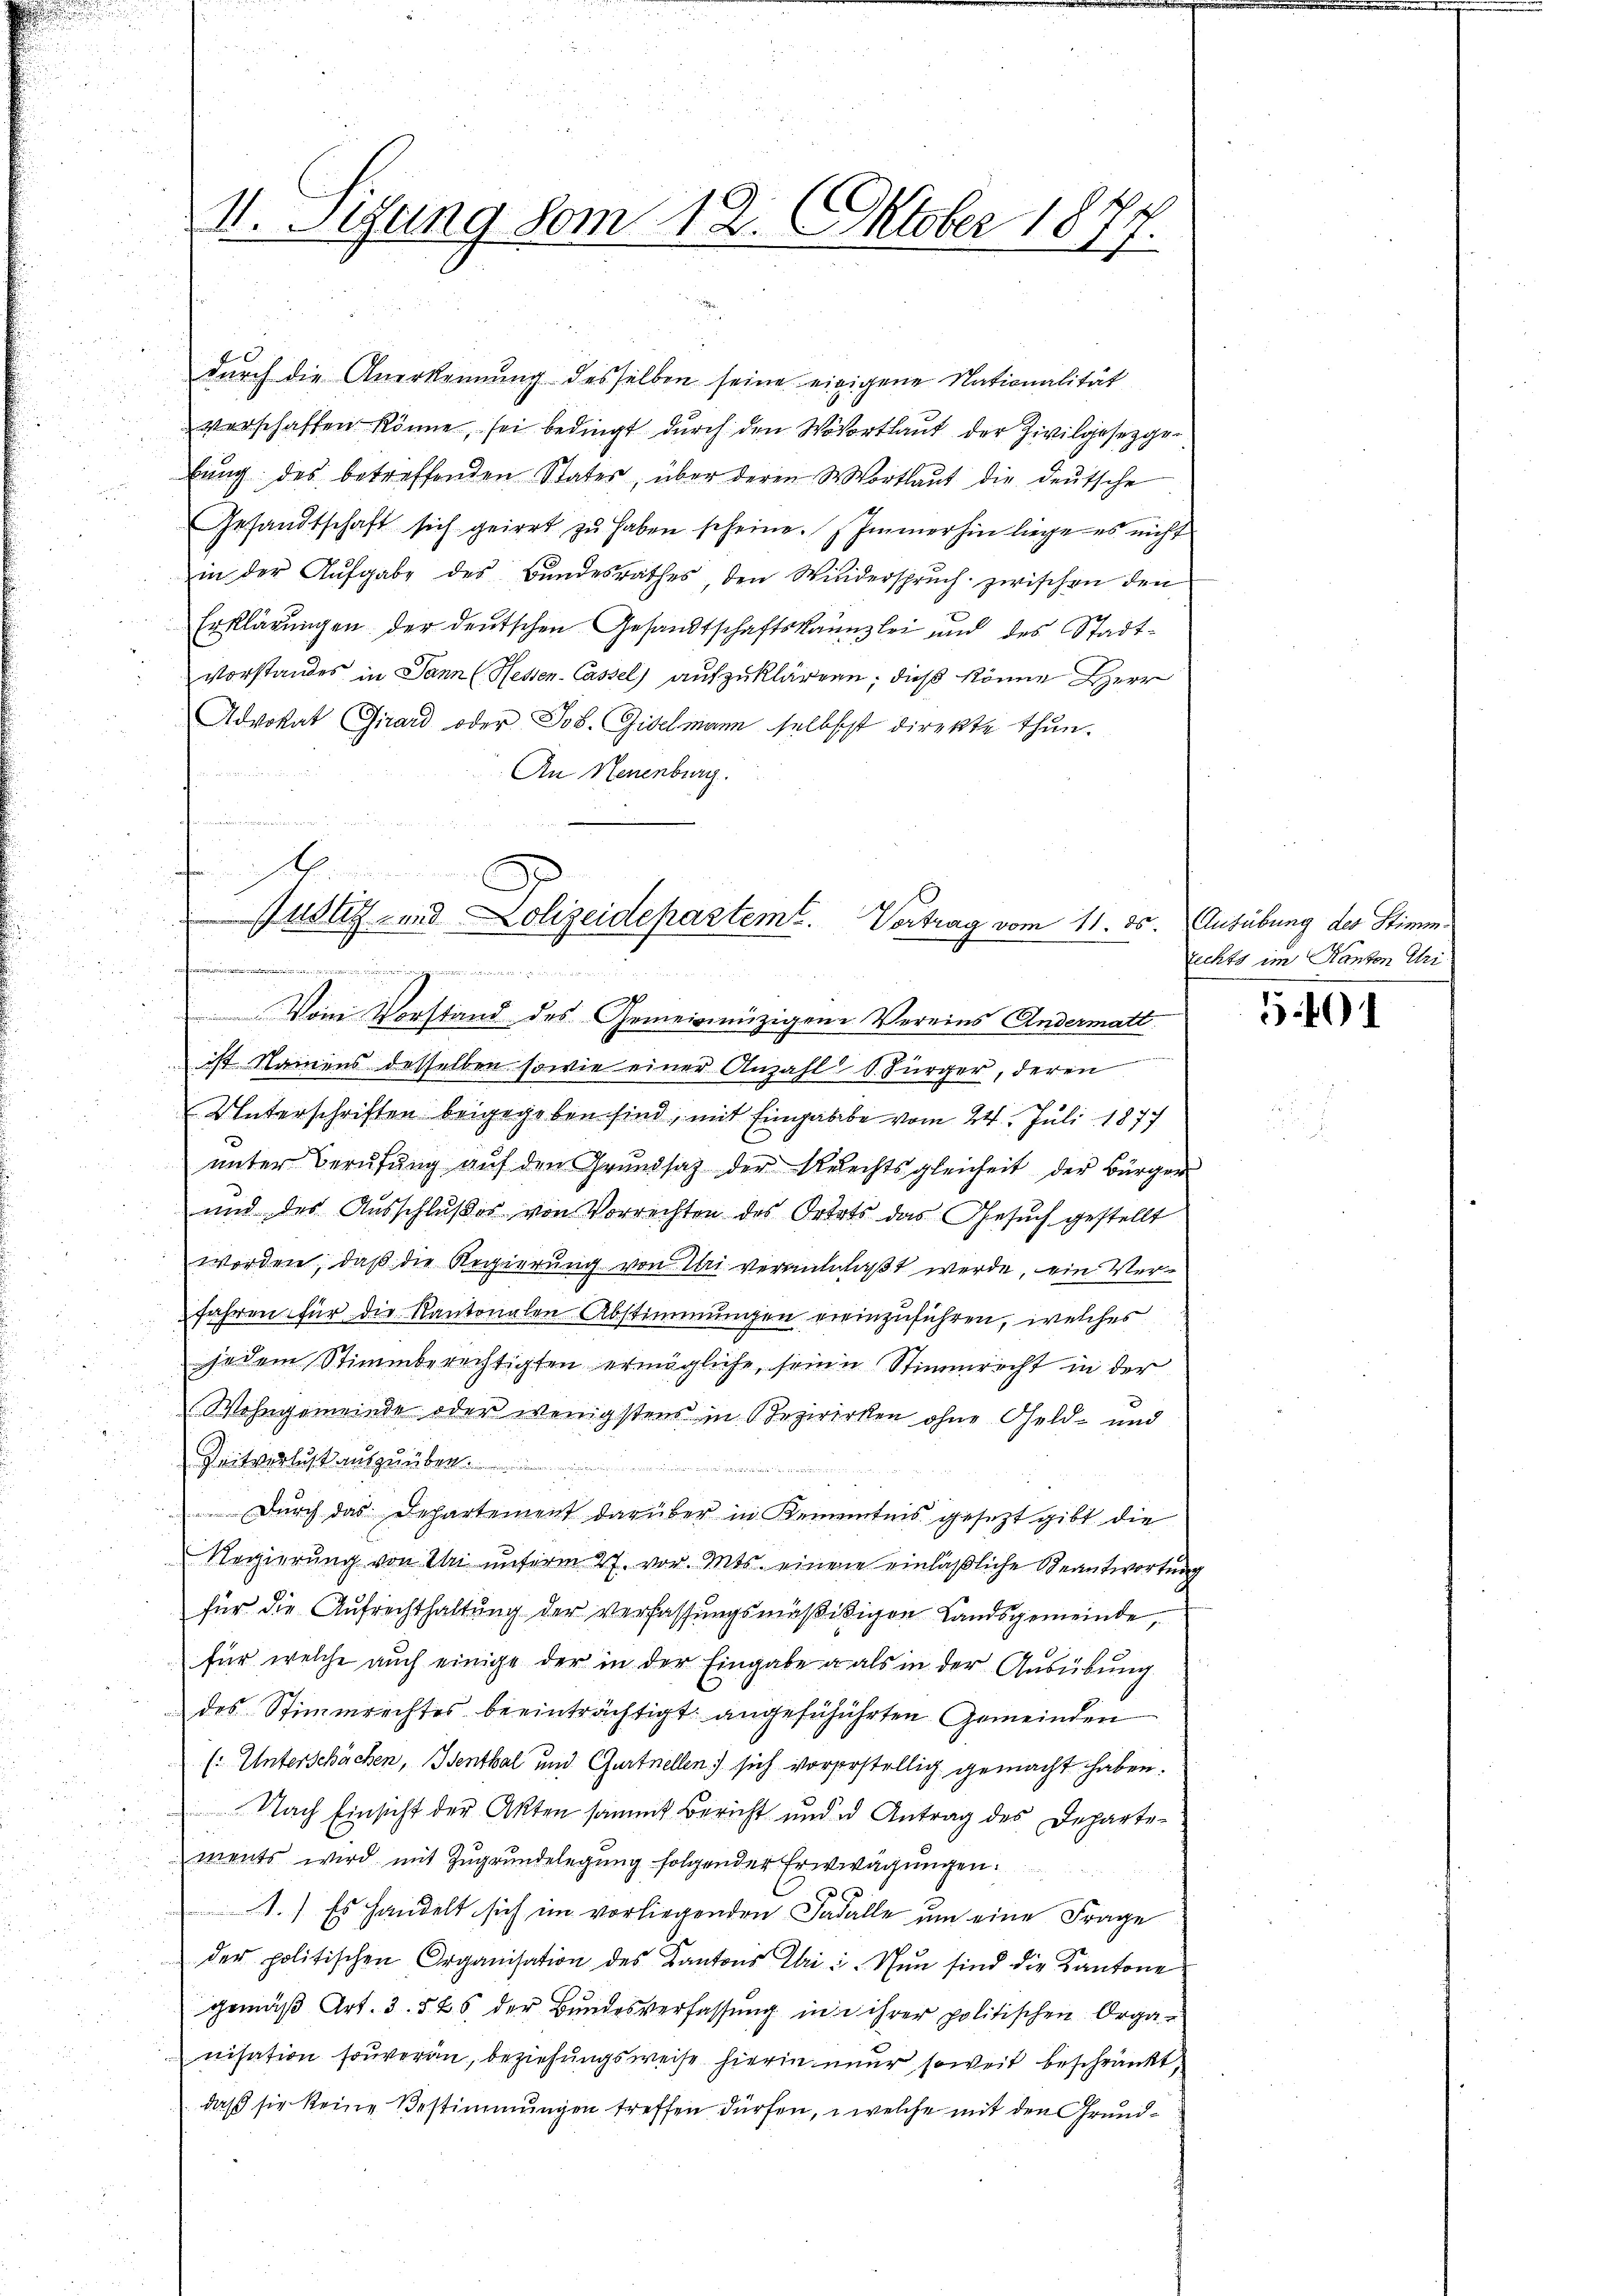
VII. Segung vom 12. Oktober 1877.

durch die Anerkennung desselben seine einigene Nationalität
verschaften könne, sei bedingt dŭrch den Wortlaut der Zivilgesetzge-
bung des betreffenden Stater, über deren Wortlaut die deutsche
Gesandtschaft sich geirrt zŭ haben scheine. Zimmerhin liege es nicht
in der Aufgabe des Bundesrathes, den Wiederspruch zwischen den
Erklärungen der deutschen Gesandtschaftskanzlei und des Stadtvorstandes in Dann (Hessen-Cassel) aufzuklären; dieß könne Herr
Advokat Girard oder Jos. Giselmann selbst direkte thun.
An Neuenburg.
g
Vom Vorstand des Gemeinnüzigene Vereins Andermatt
ist. Namens desselben sowie einer Anzahl d. Bürger, deren
Unterschriften beigegeben sind, mit Eingabe vom 24. Juli 1877
unter Berufung auf den Grundsatz der Rechtsgleicheit der Bürger
und der Ausschlußes von Vorrechten des Ortets das Gesuch gestellt
worden, daß die Regierung von Uri veranlaßt werde, ein Verfahren für die Kantonalen Abstimmungen ereinzuführen, welches
jedem Stimmberechtigten ermögliche, seine Stimmrecht in der
Wohngemeinde oder wenigstens in Bezwirken ohne Geld- und
Zeitverlust ausgeriben.
Durch das Departement darüber in Kenntnis gesetzt gibt die
Regierung von Uri unserm 27. vor. Mts. einen einläßliche Beantwortung
für die Aufrechthaltung der verfassungsmäßikigen Landsgemeinde,
für welche auch einige der in der Eingabe a als in der Ausübung
des Stimmrechtes beeinträchtigt angefühührten Gemeinden
(: Unterschächen, Benthal und Gurtnellen) sich vorerstellig gemacht haben.
Nach Einsicht der Akten sammt Bericht und u Antrag des Departe-
ments wird mit Zugrundelegung folgender Erwägungen.
1.) Es handelt sich im vorliegenden Fadalle um eine Frage
der politischen Organisation des Kantons Ihri u. Nun sind die Kantone
gemäß Art. 3. 525 der Bundesverfassung in ihrer politischen Organisation souveran, beziehungsweise hierin neur soweit beschränkt,
daß sie keine Bestimmungen treffen dürfen, welche mit den Grund¬

u
genhei
Justiz- und Lolizeidepartemt. Vortrag vom 11. ds. Ausübung des Stimm¬
 . . .

rechts im Kanton Uri

5401